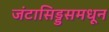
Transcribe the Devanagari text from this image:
जंटासिड्डसमधून